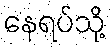
နေရပ်သို့